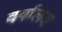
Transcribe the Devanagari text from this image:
वर्षालय